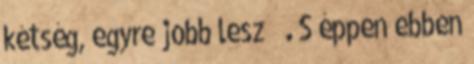
kétség, egyre jobb lesz . S éppen ebben